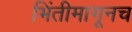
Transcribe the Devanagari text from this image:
भिंतीमागूनच